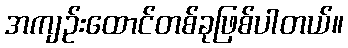
အကျဉ်းထောင်တစ်ခုဖြစ်ပါတယ်။